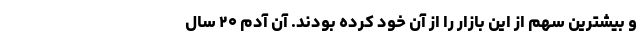
و بیشترین سهم از این بازار را از آن خود کرده بودند. آن آدم ۲۰ سال